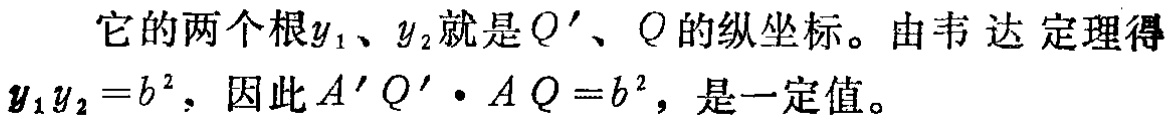
它的两个根\(y_{1}\)、\(y_{2}\)就是\(Q'\)、\(Q\)的纵坐标。由韦达定理得\(y_{1}y_{2}=b^{2}\)，因此\(A'Q'\cdot AQ = b^{2}\)，是一定值。